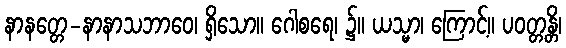
နာနတ္တေ-နာနာသဘာဝေ၊ ရှိသော။ ဂေါစရေ၊ ၌။ ယသ္မာ၊ ကြောင့်။ ပဝတ္တန္တိ၊